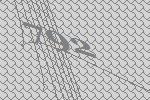
792